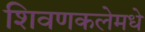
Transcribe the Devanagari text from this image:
शिवणकलेमधे